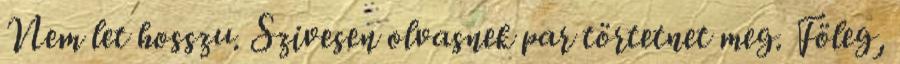
Nem let hosszu. Szivesen olvasnek par törtetnet meg. Föleg,